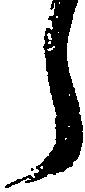
う